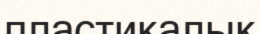
пластикалык